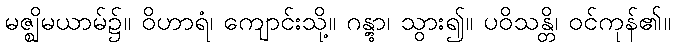
မဇ္ဈိမယာမ်၌။ ဝိဟာရံ၊ ကျောင်းသို့။ ဂန္တွာ၊ သွား၍။ ပဝိသန္တိ၊ ဝင်ကုန်၏။